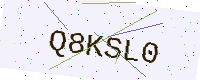
Text: Q8KSL0